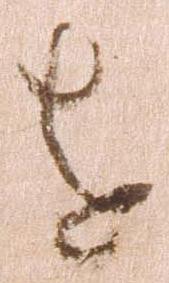
を